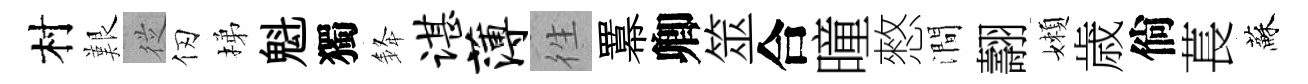
村艱従仞梯魁獨𨦟谌薄徃羃卿筮合曈憗澗翿嬾歳倘萇蘇